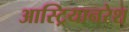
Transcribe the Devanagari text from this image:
आस्ट्रियानरेश